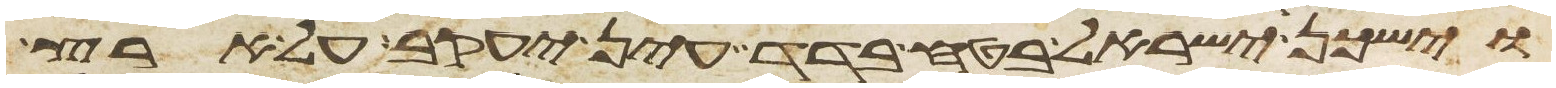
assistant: וישכן ישראל בטח בדד עין יעקב על ארץ